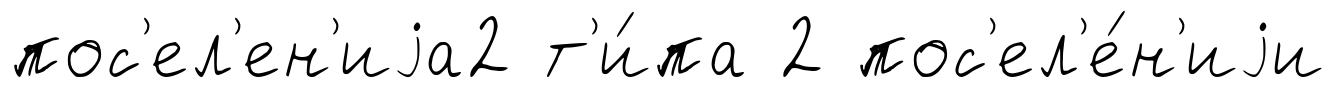
пос'ел'ен'иjа2 т'и́па 2 пос'ел'е́н'иjи